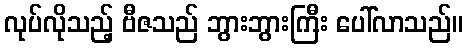
လုပ်လိုသည့် ဗီဇသည် ဘွားဘွားကြီး ပေါ်လာသည်။